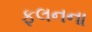
ફલનના